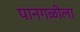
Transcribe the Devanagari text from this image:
पानगळीला